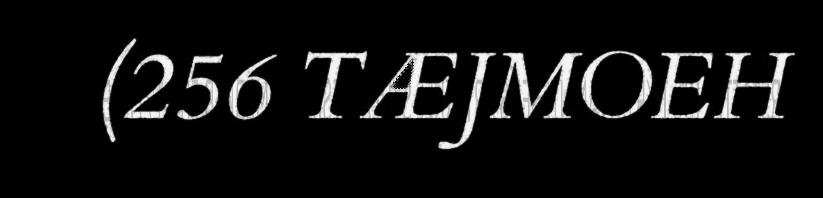
(256 TÆJMOEH